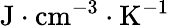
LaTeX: \mathrm{J\cdot{cm}^{-3}\cdot K^{-1}}